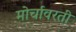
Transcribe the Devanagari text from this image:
मोर्चावरती